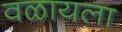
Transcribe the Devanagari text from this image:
वळायला